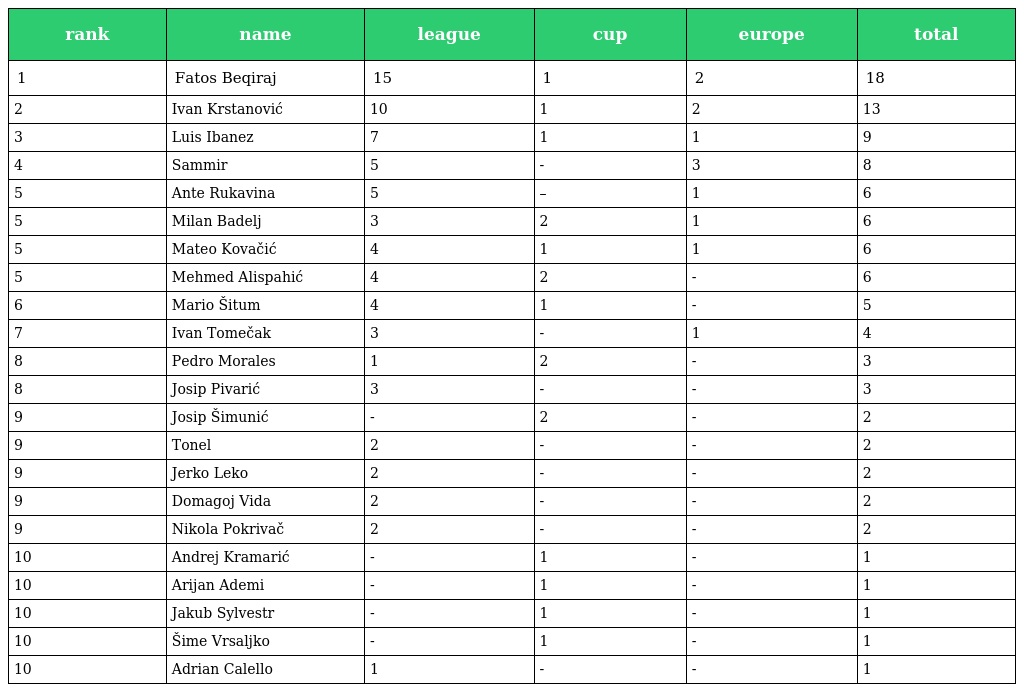
| rank | name | league | cup | europe | total |
 | --- | --- | --- | --- | --- | --- |
 | 1 | Fatos Beqiraj | 15 | 1 | 2 | 18 |
 | 2 | Ivan Krstanović | 10 | 1 | 2 | 13 |
 | 3 | Luis Ibanez | 7 | 1 | 1 | 9 |
 | 4 | Sammir | 5 | - | 3 | 8 |
 | 5 | Ante Rukavina | 5 | – | 1 | 6 |
 | 5 | Milan Badelj | 3 | 2 | 1 | 6 |
 | 5 | Mateo Kovačić | 4 | 1 | 1 | 6 |
 | 5 | Mehmed Alispahić | 4 | 2 | - | 6 |
 | 6 | Mario Šitum | 4 | 1 | - | 5 |
 | 7 | Ivan Tomečak | 3 | - | 1 | 4 |
 | 8 | Pedro Morales | 1 | 2 | - | 3 |
 | 8 | Josip Pivarić | 3 | - | - | 3 |
 | 9 | Josip Šimunić | - | 2 | - | 2 |
 | 9 | Tonel | 2 | - | - | 2 |
 | 9 | Jerko Leko | 2 | - | - | 2 |
 | 9 | Domagoj Vida | 2 | - | - | 2 |
 | 9 | Nikola Pokrivač | 2 | - | - | 2 |
 | 10 | Andrej Kramarić | - | 1 | - | 1 |
 | 10 | Arijan Ademi | - | 1 | - | 1 |
 | 10 | Jakub Sylvestr | - | 1 | - | 1 |
 | 10 | Šime Vrsaljko | - | 1 | - | 1 |
 | 10 | Adrian Calello | 1 | - | - | 1 |